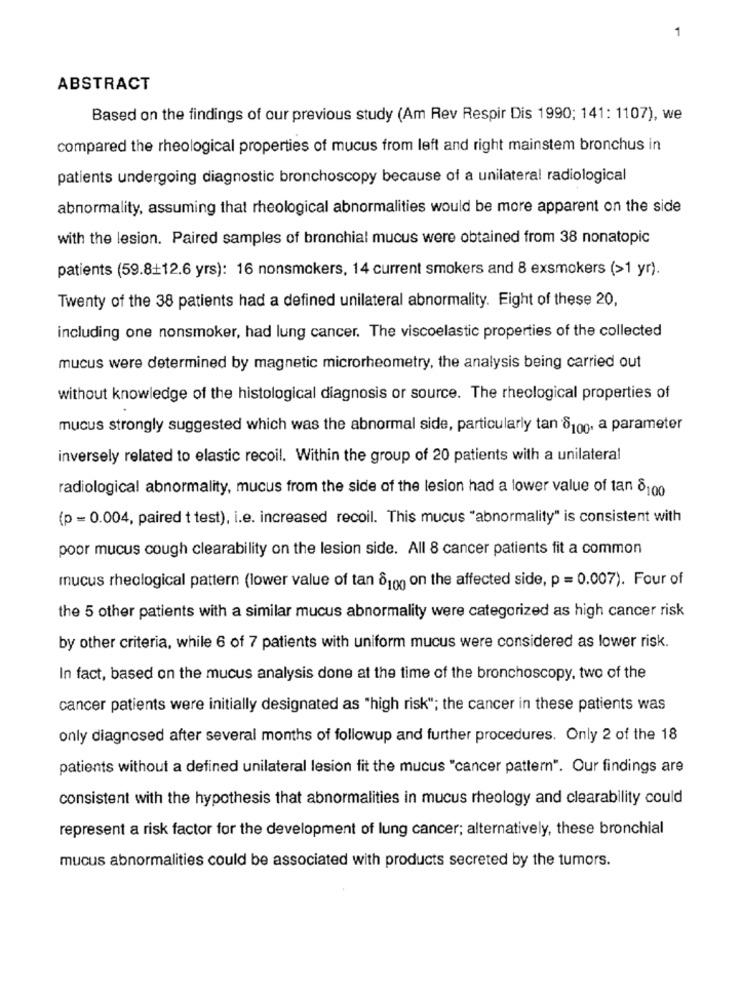
1
ABSTRACT
Based on the findings of our previous study (Am Rev Respir Dis 1990; 141: 1107), we
compared the rheological properties of mucus from left and right mainstem bronchus in
patients undergoing diagnostic bronchoscopy because of a unilateral radiological
abnormality, assuming that rheological abnormalities would be more apparent on the side
with the lesion. Paired samples of bronchial mucus were obtained from 38 nonatopic
patients (59.8+12.6 yrs): 16 nonsmokers, 14 current smokers and 8 exsmokers (>1 yr).
Twenty of the 38 patients had a defined unilateral abnormality. Eight of these 20,
including one nonsmoker, had lung cancer. The viscoelastic properties of the collected
mucus were determined by magnetic microrheometry, the analysis being carried out
without knowledge of the histological diagnosis or source. The rheological properties of
mucus strongly suggested which was the abnormal side, particularly tan 8100. a parameter
inversely related to elastic recoil. Within the group of 20 patients with a unilateral
radiological abnormality, mucus from the side of the lesion had a lower value of tan 8100
(p = 0.004, paired t test), i.e. increased recoil. This mucus "abnormality" is consistent with
poor mucus cough clearability on the lesion side. All 8 cancer patients fit a common
mucus rheological pattern (lower value of tan 8100 on the affected side, p = 0.007). Four of
the 5 other patients with a similar mucus abnormality were categorized as high cancer risk
by other criteria, while 6 of 7 patients with uniform mucus were considered as lower risk.
In fact, based on the mucus analysis done at the time of the bronchoscopy, two of the
cancer patients were initially designated as "high risk"; the cancer in these patients was
only diagnosed after several months of followup and further procedures. Only 2 of the 18
patients without a defined unilateral lesion fit the mucus "cancer pattern". Our findings are
consistent with the hypothesis that abnormalities in mucus rheology and clearability could
represent a risk factor for the development of lung cancer; alternatively, these bronchial
mucus abnormalities could be associated with products secreted by the tumors.